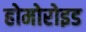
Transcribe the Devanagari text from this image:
होमोरोइड